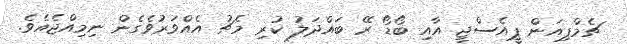
ޗެމްޕިއަން ޕީއެސްޖީ އާއި ބޯޑޯ ރޭ ބައްދަލު ކުރި މެޗު އެއްވަރުވެގެން ނިމިއްޖެއެވެ.